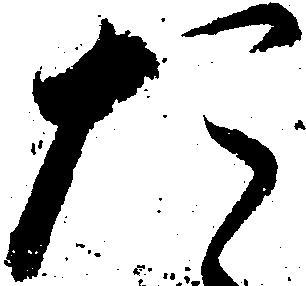
た